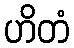
ဟိတံ